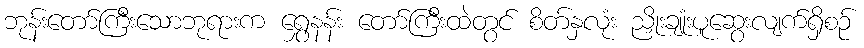
ဘုန်းတော်ကြီးသောဘုရားက ရွှေနန်း တော်ကြီးထဲတွင် စိတ်နှလုံး ညှိုးချုံးပူဆွေးလျက်ရှိစဉ်